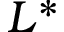
L ^ { * }